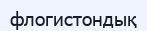
флогистондық